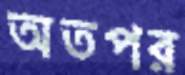
অতপর